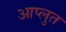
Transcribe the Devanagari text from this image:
आप्लुत